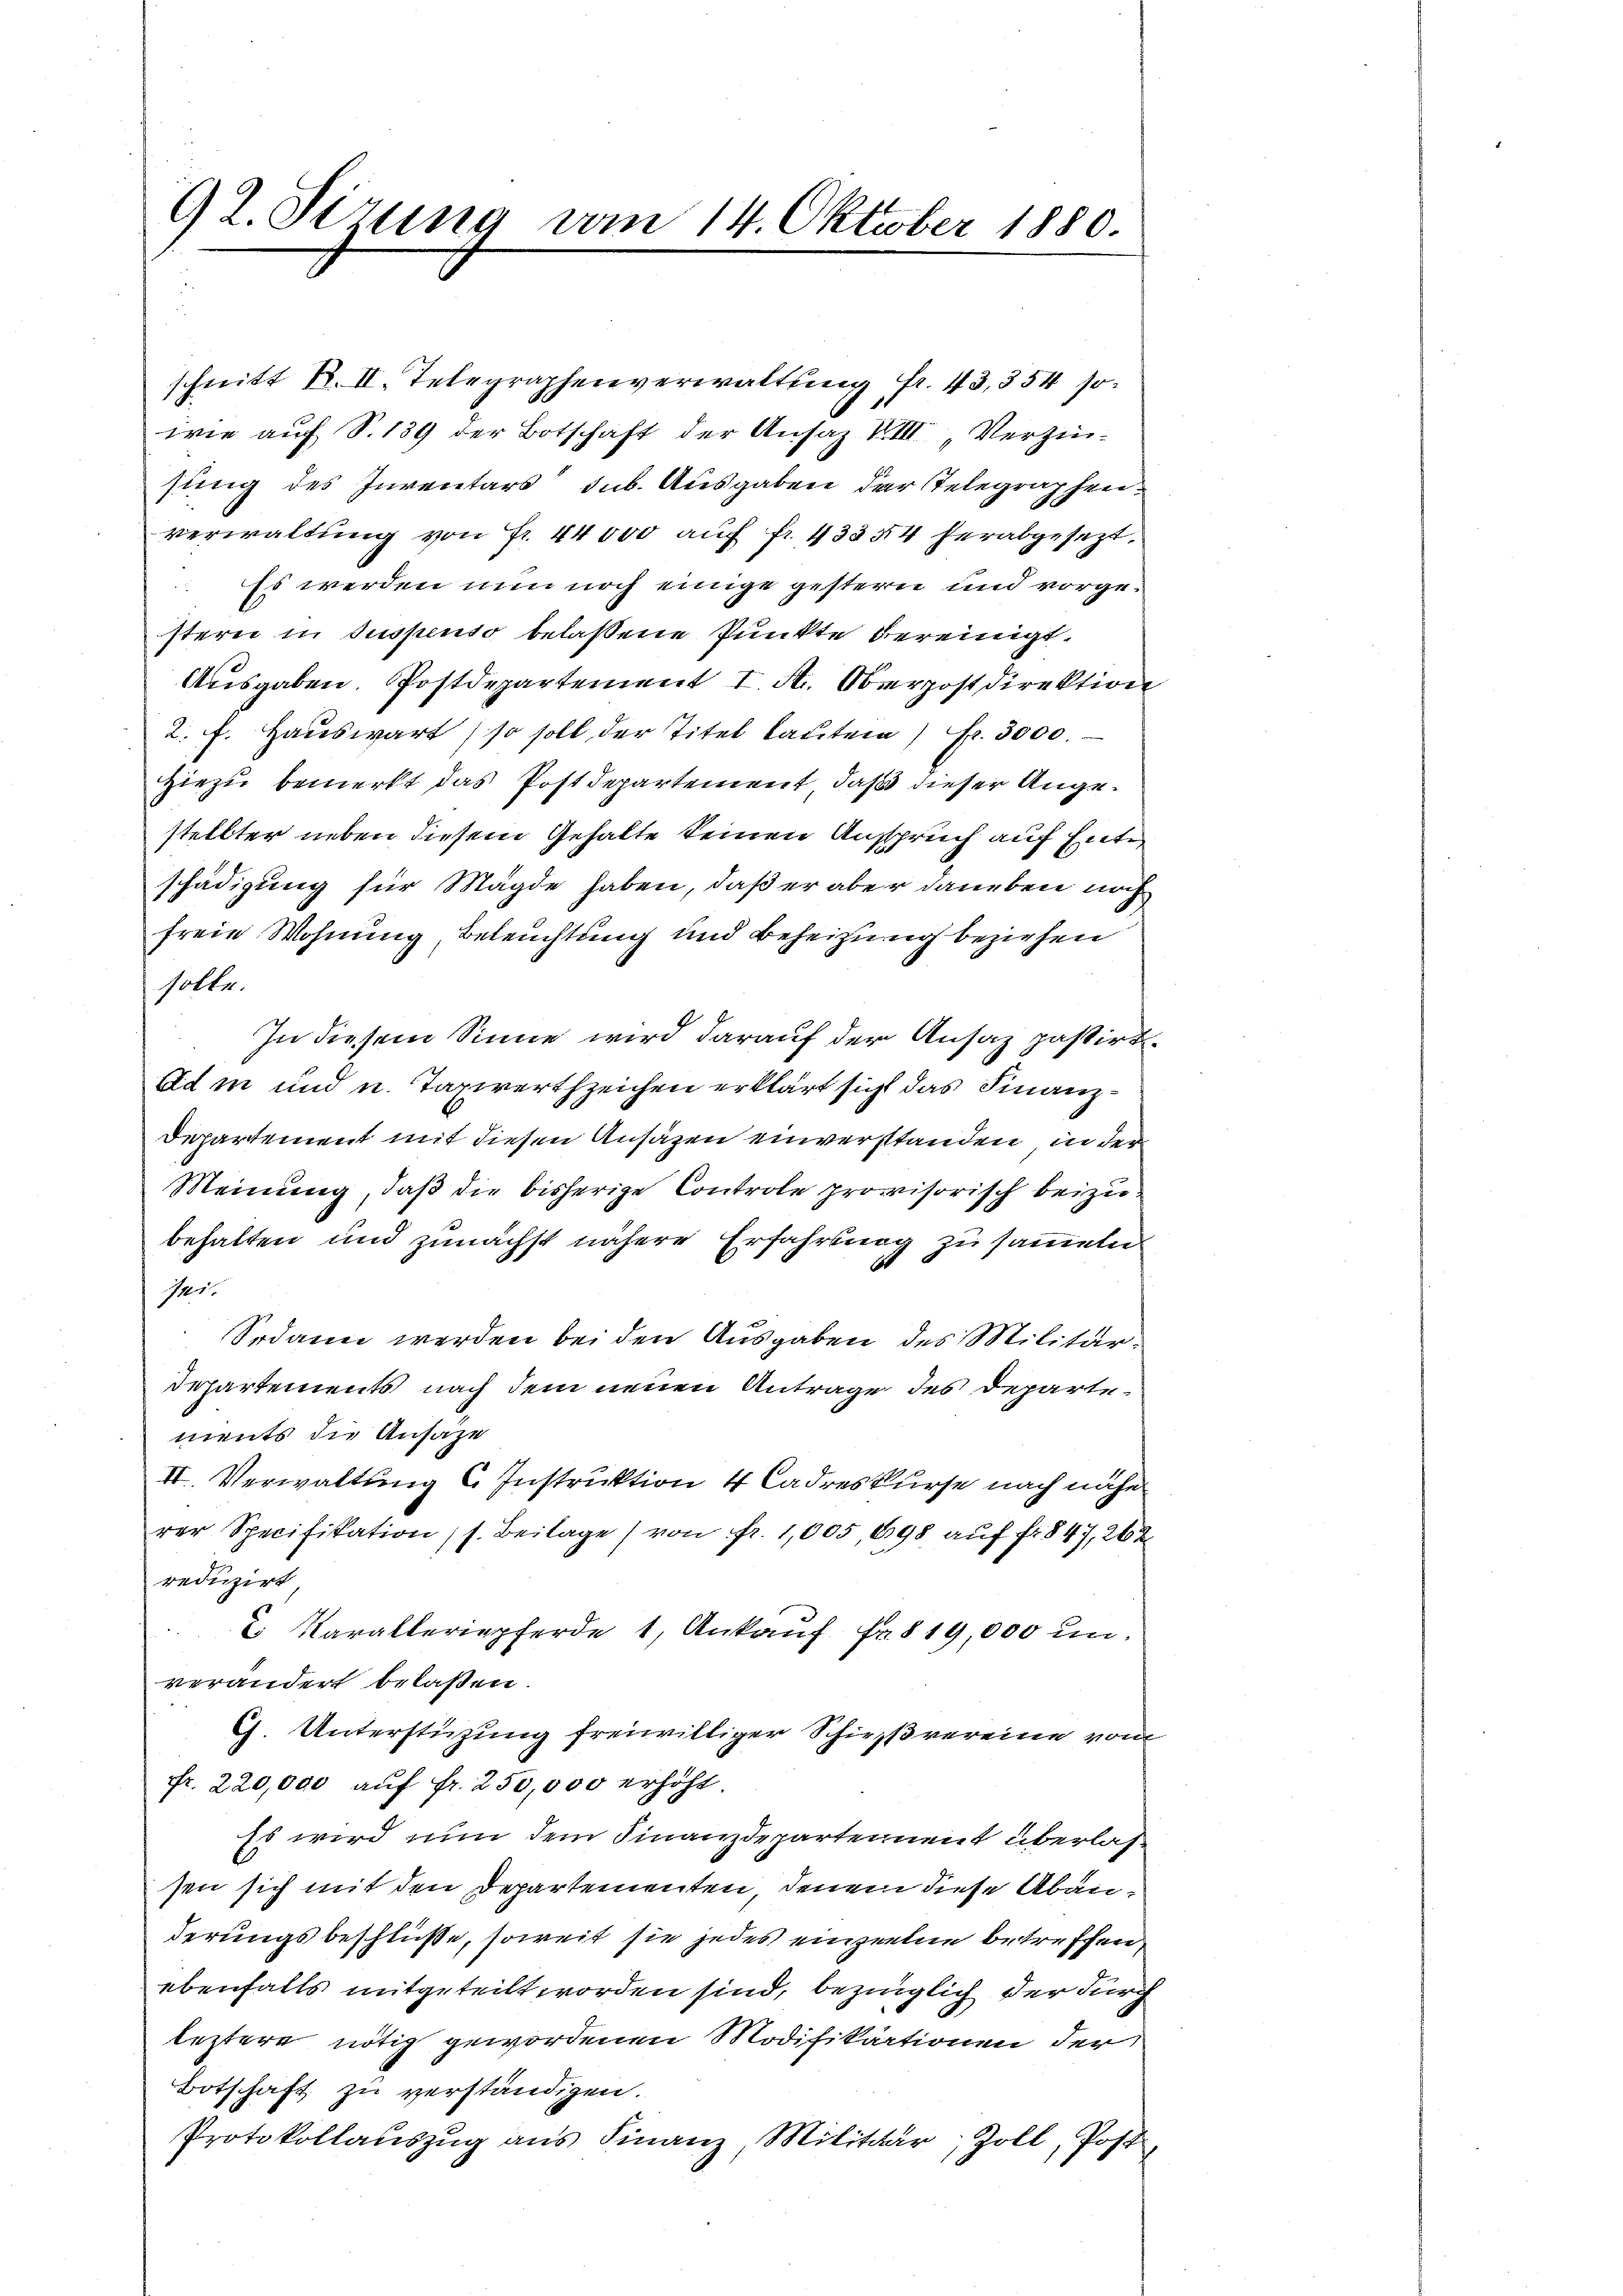
92. Sizung vom 14. Oktober 1880.

schnitt K. II. Telegraphenverwaltung fr. 43,554 so
wie auf S. 139 der Botschaft der Ansaz XIII „Verzinsung des Inventars sub. Ausgaben der Telegraphenverwaltung von Fr. 44000 auf fr. 43354 herabgesezt,
 Es werden nun noch einige gestern und vorgesterei in suspenso belassene Punkte vereinigt.
Ausgaben. Postdepartement I. A. Oberpostdirektion
2. f. Hauswart, so soll der Titel lauten) Fr. 3000.
Hiezu bemerkt das Postdepartement, daß dieser Angestellter neben diesem Gehalte keinen Anspruch auf Ente,
schädigung für Mägde haben, daß er aber daneben noch
freie Wohnung, Beleuchtung und Beheizung beziehen
solle.
In diesem Sinne wird darauf der Ansaz passirt.
Adin und u. Taxwerthzeichen erklärt sich das Finanz¬
Departement mit diesen Ansäzen einverstanden, in der
Meinung, daß die bisherige Controle provisorisch beizubehalten und zunächst nähere Erfahrung zusammeln
11.
Sodann werden bei den Ausgaben des Militär¬
Departements nach dem neuen Antrage des Departements die Ansaze
II. Verwaltung C. Instruktion 4 Cadreskurse nach nähe
rer Specifikation; s. Beilage) von fr. 1,005, 698 auf fr. 847, 267
reduzirt,
2. Karalleriepferde 1, Ankauf Fr. 819,000 unverändert belaßen.
G. Unterstüzung freiwilliger Schießvereine von
fr. 220,000 auf fr. 250,000 erhöht.
Es wird nun dem Finanzdepartennent überlassen sich mit den Departementen, denen diese Abänderungsbeschlüße, soweit sie jedes einzelne betreffen,
ebenfalls mitgeteilt worden sind, bezüglich der Furch
leztere nötig gewordenen Modifikationen der
Botschaft zu verständigen.
Protokollaŭszŭg ans Finanz Militär, Zoll, Post